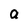
Character: a